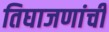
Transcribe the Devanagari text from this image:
तिघाजणांची